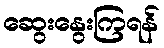
ဆွေးနွေးကြရန်